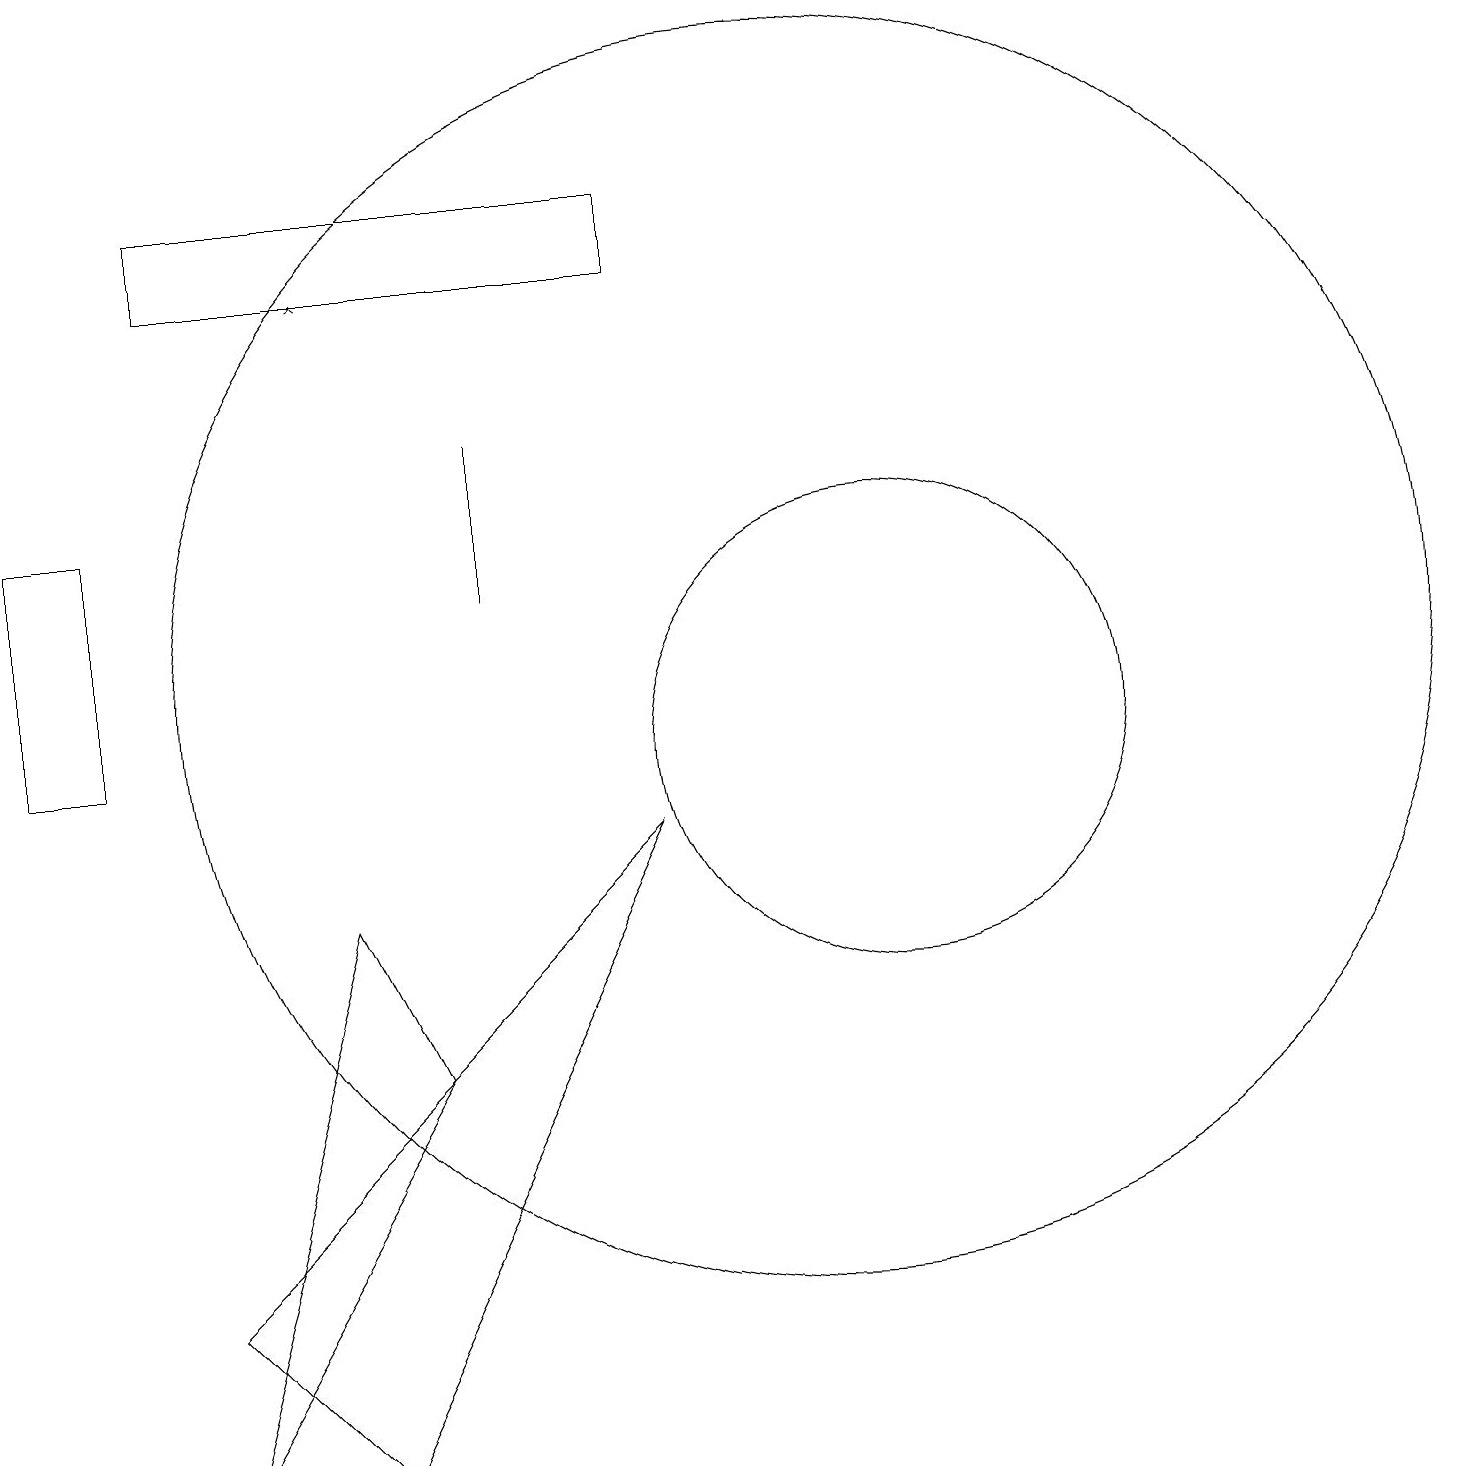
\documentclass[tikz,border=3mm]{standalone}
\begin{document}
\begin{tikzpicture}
\draw (8,17) rectangle (2,16);
\draw (6,14) rectangle (6,12);
\draw (0,10) rectangle (1,13);
\draw (4,8) -- (2,1) -- (5,6) -- cycle;
\draw (8,9) -- (4,1) -- (2,3) -- cycle;
\draw (11,10) circle (3);
\draw[->] (4,16) -- (4,16);
\draw (10,11) circle (8);
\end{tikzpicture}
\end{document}